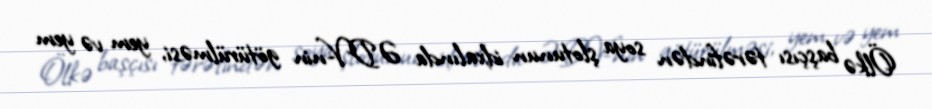
Ölkə başçısı tərəfindən soya şlotunun idxalında ƏDV-nin götürülməsi, yem və yem